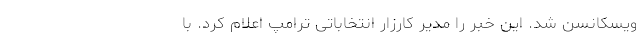
ویسکانسن شد. این خبر را مدیر کارزار انتخاباتی ترامپ اعلام کرد. با